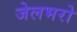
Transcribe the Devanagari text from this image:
जेलभरो